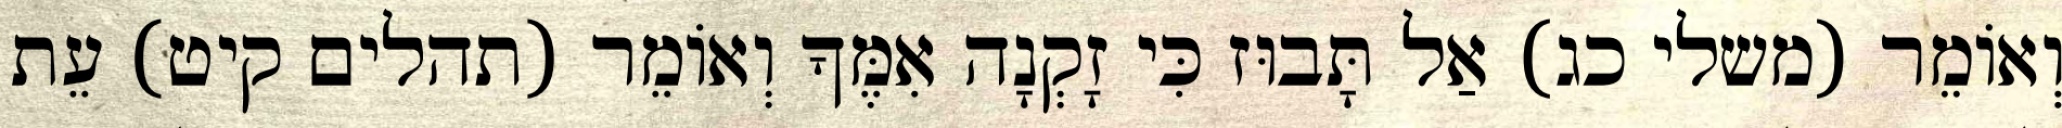
וְאוֹמֵר (משלי כג) אַל תָּבוּז כִּי זָקְנָה אִמֶּךָ וְאוֹמֵר (תהלים קיט) עֵת